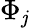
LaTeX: \Phi_{\mathit{j}}